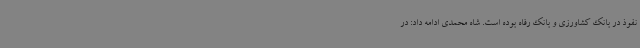
نفوذ در بانک کشاورزی و بانک رفاه بوده است. شاه محمدی ادامه داد: در